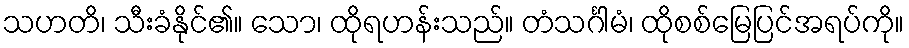
သဟတိ၊ သီးခံနိုင်၏။ သော၊ ထိုရဟန်းသည်။ တံသင်္ဂါမံ၊ ထိုစစ်မြေပြင်အရပ်ကို။